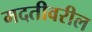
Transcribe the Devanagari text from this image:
मदतीवरील